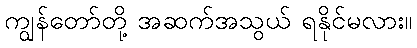
ကျွန်တော်တို့ အဆက်အသွယ် ရနိုင်မလား။